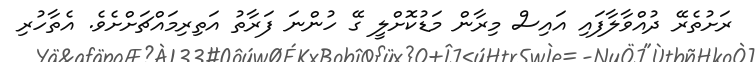
ރަށުތެރޭ ދުއްވާލާފައި އައިސް މިރާން މަޑުކޮށްލީ ގޭ ހުންނަ ފަރާތު އަތިރިމައްޗަށްށެވެ. އެތާހުރި